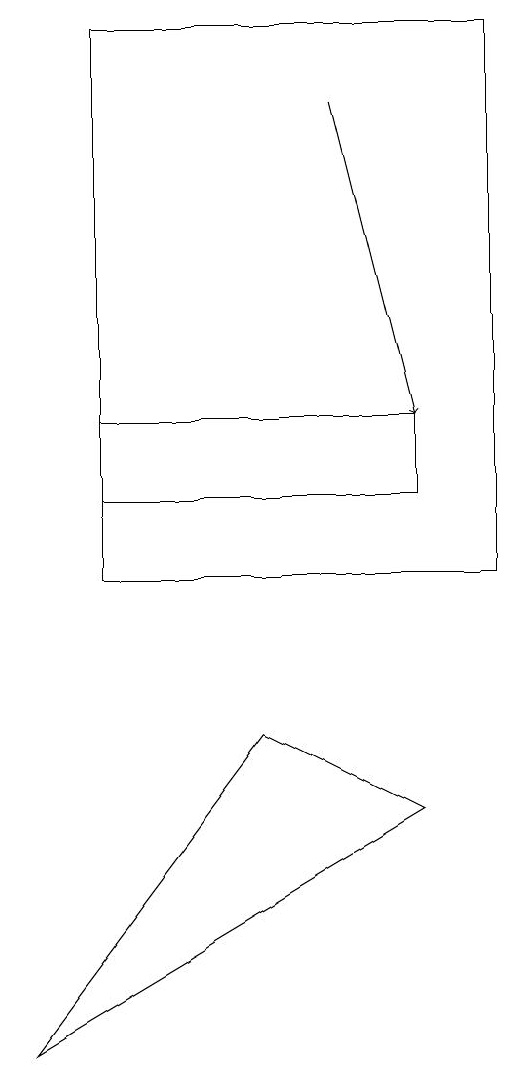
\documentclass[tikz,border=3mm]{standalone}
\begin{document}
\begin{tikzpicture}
\draw (1,13) rectangle (5,12);
\draw[->] (4,17) -- (5,13);
\draw (6,11) rectangle (1,18);
\draw (3,9) -- (0,5) -- (5,8) -- cycle;
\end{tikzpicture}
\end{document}